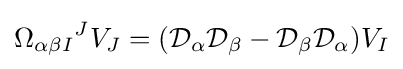
{\Omega _{\alpha \beta I}}^{J}V_{J}=({\mathcal {D}}_{\alpha }{\mathcal {D}}_{\beta }-{\mathcal {D}}_{\beta }{\mathcal {D}}_{\alpha })V_{I}